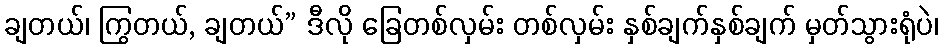
ချတယ်၊ ကြွတယ်, ချတယ်” ဒီလို ခြေတစ်လှမ်း တစ်လှမ်း နှစ်ချက်နှစ်ချက် မှတ်သွားရုံပဲ၊